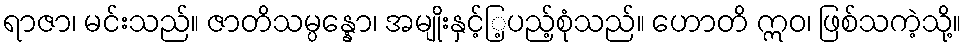
ရာဇာ၊ မင်းသည်။ ဇာတိသမ္ပန္နော၊ အမျိုးနှင့်ြ့ပည့်စုံသည်။ ဟောတိ ဣဝ၊ ဖြစ်သကဲ့သို့။